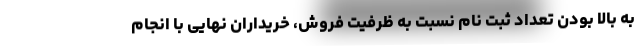
به بالا بودن تعداد ثبت نام نسبت به ظرفیت فروش، خریداران نهایی با انجام